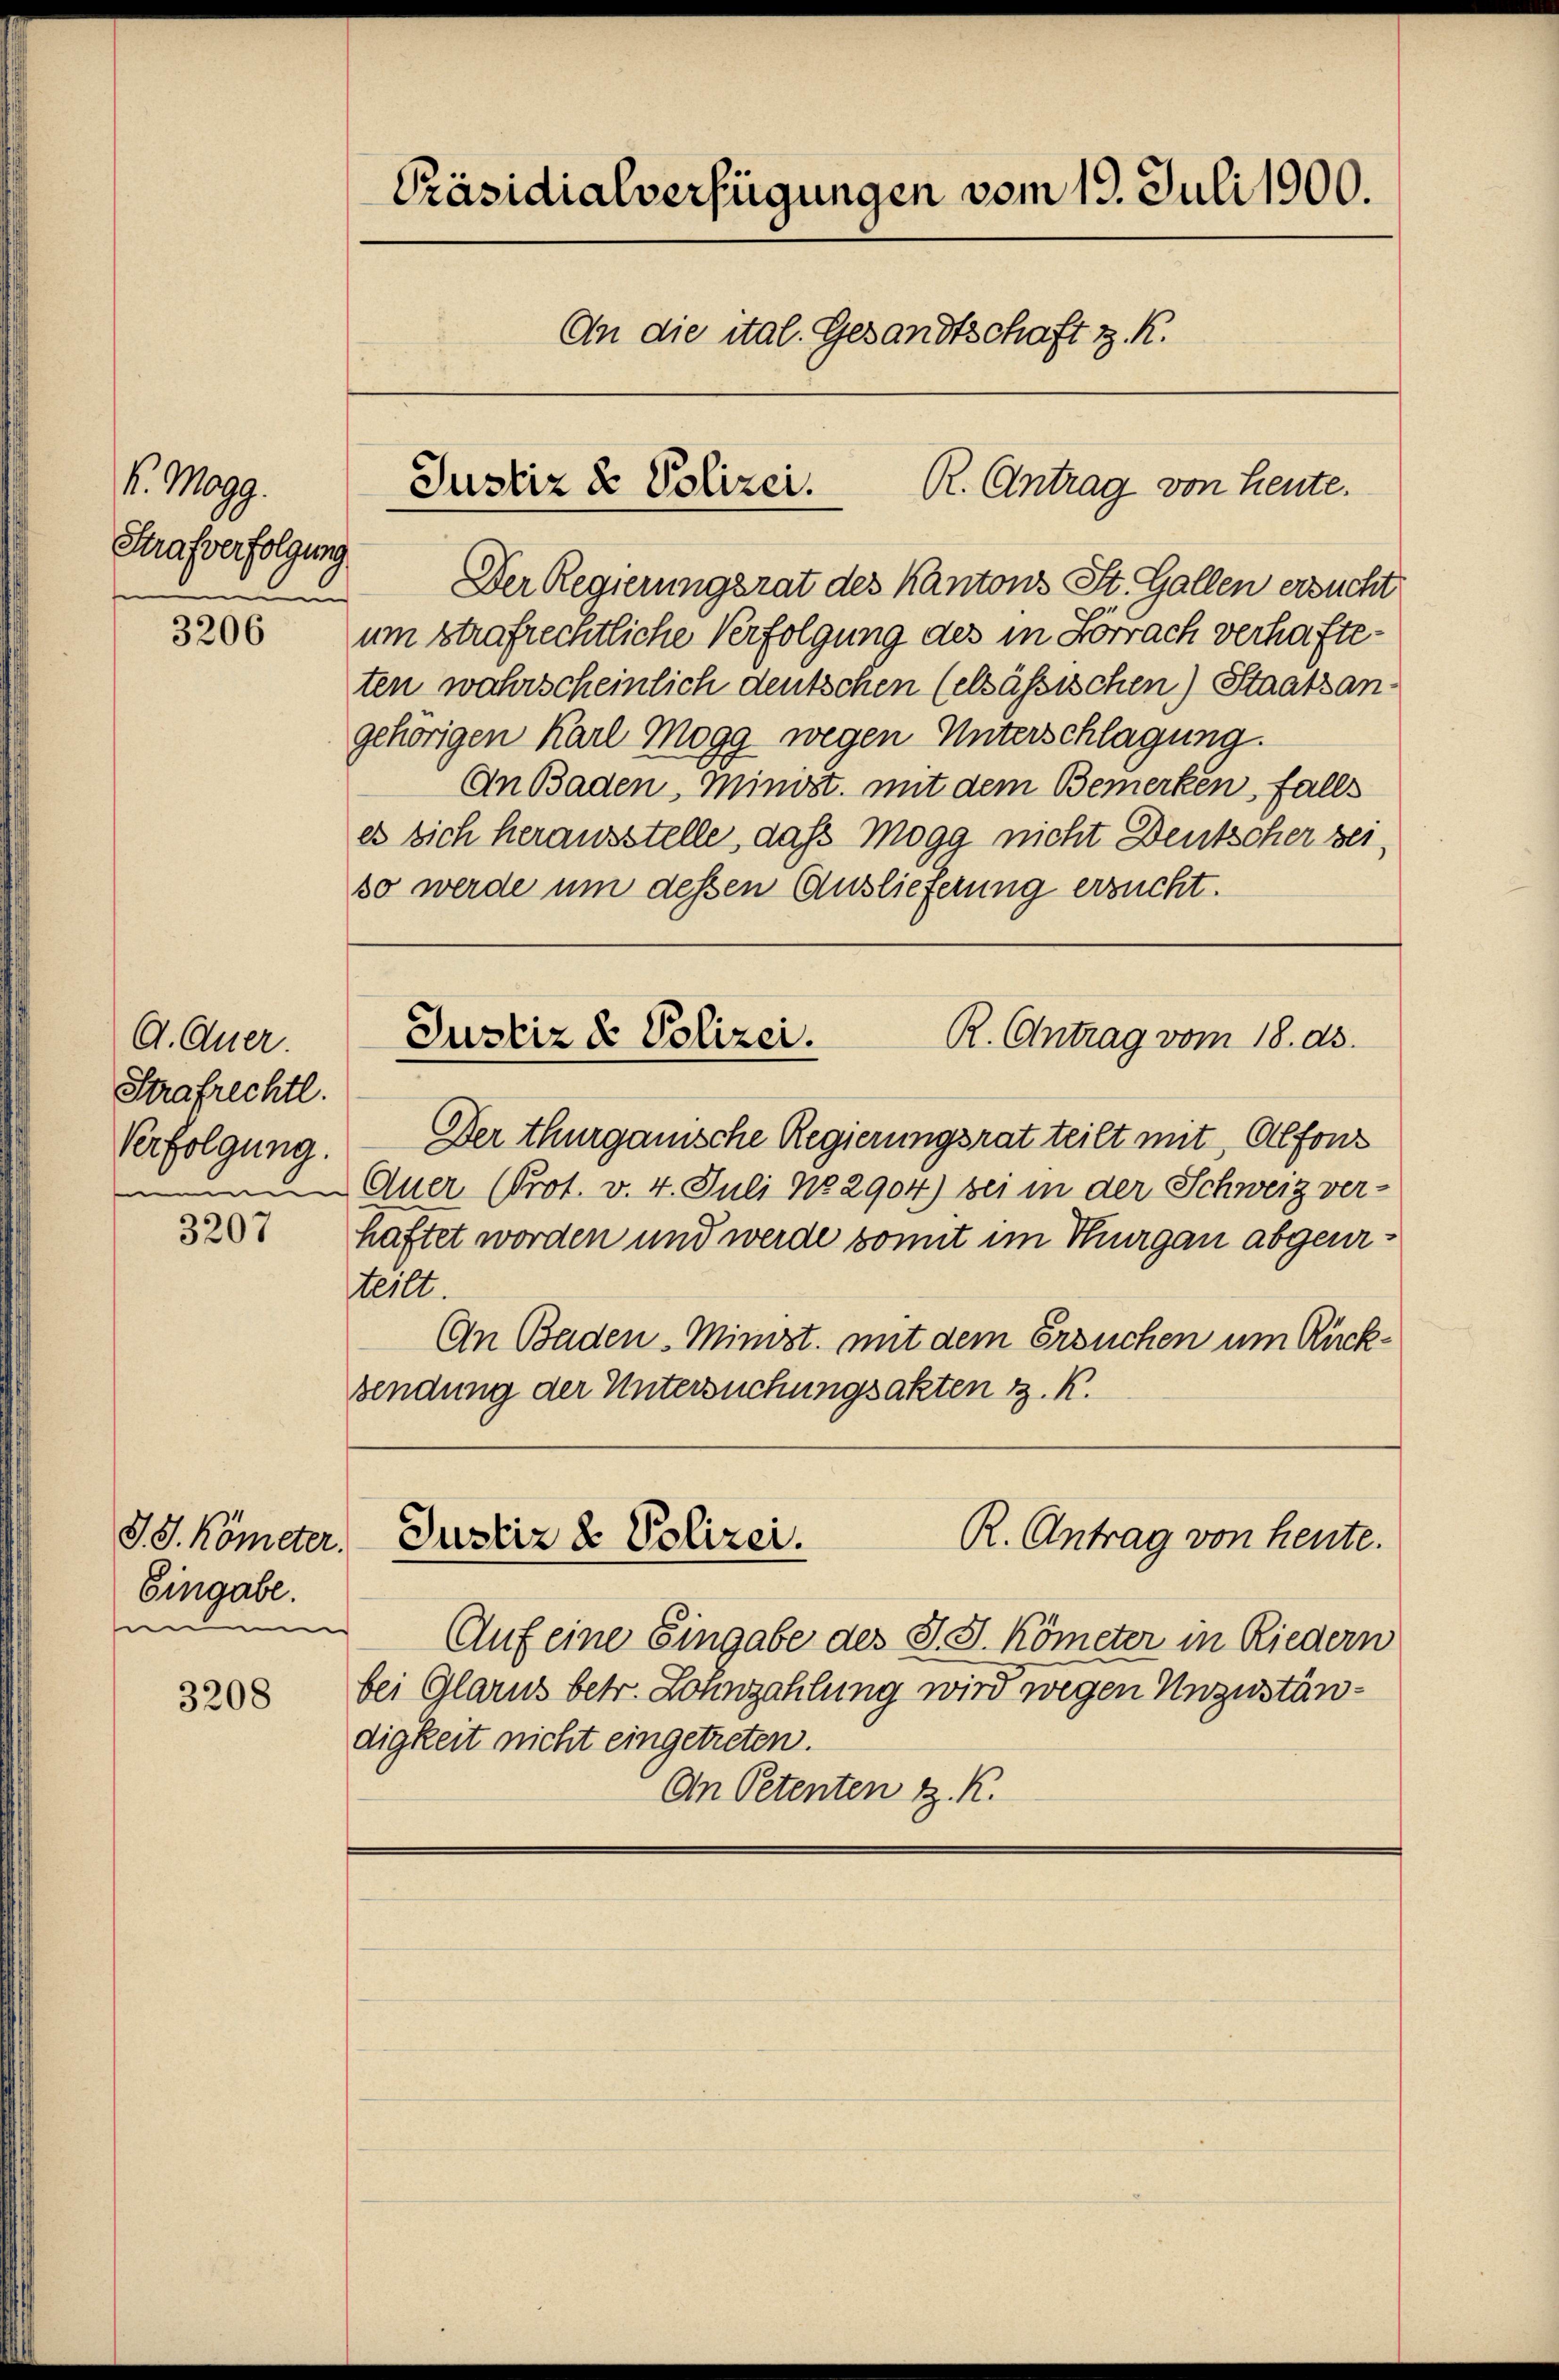
Präsidialverfügungen vom 19. Juli 1900.
An die ital. Gesandtschaft z. R.
R. Antrag von heute.
Justiz & Polizei.

K. Mag.
Strafverfolgung
n
en

Der Regierungsrat des Kantons St. Gallen ersucht
um strafrechtliche Verfolgung des in Forrach verhafteten wahrscheinlich deutschen (elsässischen) Staatsangehörigen Karl Mogg wegen Unterschlagung.
An Baden, Minist, mit dem Bemerken, falls
es sich herausstelle, daß Mogg nicht Deutscher sei,
so werde um dessen Auslieferung ersucht.

3206

Justiz & Polizei.
R. Antrag vom 18. ds.

A. Auer
Strafrechtl.
Verfolgung.

Der thurgauische Regierungsrat teilt mit, Alfons
meinem Auer (Prot. v. 4. Juli No 2904) bei in der Schweiz ver-
haftet worden und werde somit im Thurgau abgeurteilt.
An Baden Minist. mit dem Ersuchen um Rück¬
Sendung der Untersuchungsakten z. K.

3207

R. Antrag von heute.
Justiz & Polizei.

S. S. Kömeter.
Eingabe.
m

Auf eine Eingabe des St. G. Kömeter in Riedern
bei Glarus betr. Lohnzahlung wird wegen Unzuständigkeit nicht eingetreten.
An Petenten z. K.

3208